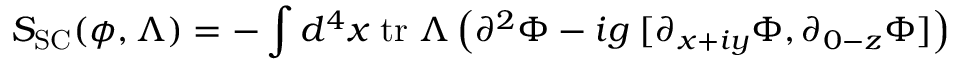
S _ { \mathrm { S C } } ( \phi , \Lambda ) = - \int d ^ { 4 } x \; \mathrm { t r } \; \Lambda \left( \partial ^ { 2 } \Phi - i g \; [ \partial _ { x + i y } \Phi , \partial _ { 0 - z } \Phi ] \right)